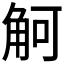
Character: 𲁚